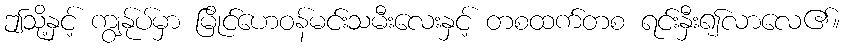
ဤသို့နှင့် ကျွန်ုပ်မှာ မြိုင်ဟေဝန်မင်းသမီးလေးနှင့် တစထက်တစ ရင်းနှီး၍လာလေ၏။